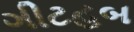
ગીટહબ